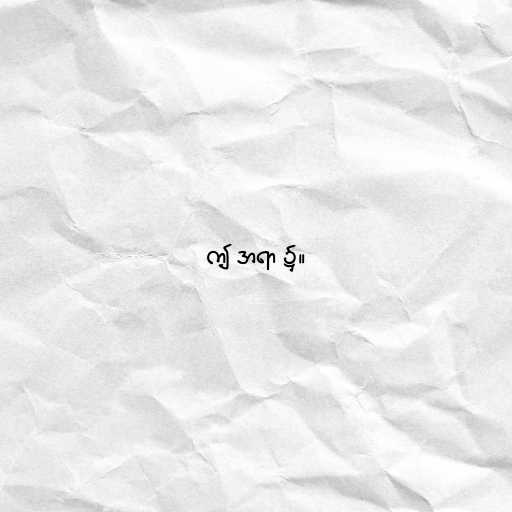
ဤ အရာ ၌။